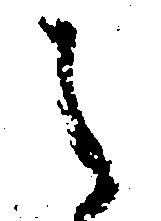
し